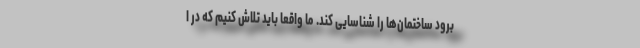
برود ساختمان‌ها را شناسایی کند.‌ ما واقعاً باید تلاش کنیم که در ا